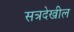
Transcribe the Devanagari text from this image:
सत्रदेखील